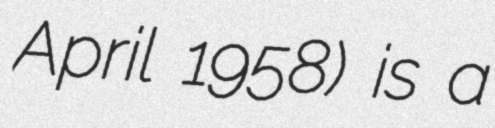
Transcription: April 1958) is a